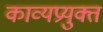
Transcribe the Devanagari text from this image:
काव्यप्रयुक्त